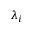
\lambda _ { i }